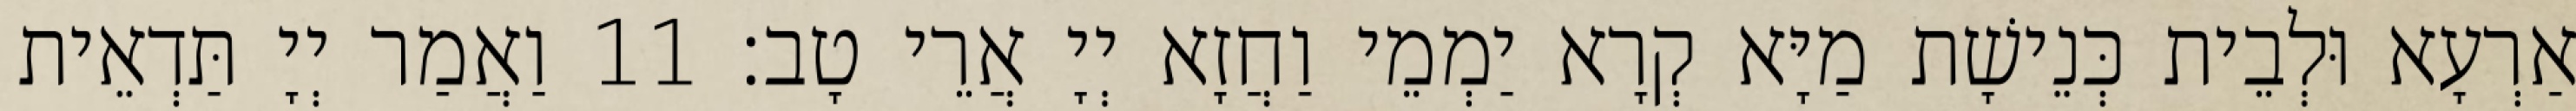
אַרְעָא וּלְבֵית כְּנֵישָׁת מַיָּא קְרָא יַמְמֵי וַחֲזָא יְיָ אֲרֵי טָב׃ 11 וַאֲמַר יְיָ תַּדְאֵית